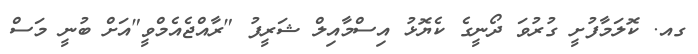
ގއ. ކޮލަމާފުށީ ގުރުވަ ދޯނީގެ ކެޔޮޅު އިސްމާއިލް ޝަރީފު "ރާއްޖެއެމްވީ"އަށް ބުނީ މަސް